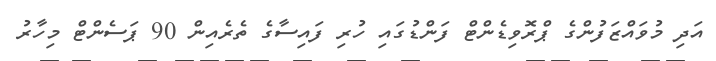
އަދި މުވައްޒަފުންގެ ޕްރޮވިޑެންޓް ފަންޑުގައި ހުރި ފައިސާގެ ތެރެއިން 90 ޕަސެންޓް މިހާރު